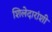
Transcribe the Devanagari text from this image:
शिलेदारांशी